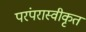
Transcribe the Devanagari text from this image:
परंपरास्वीकृत